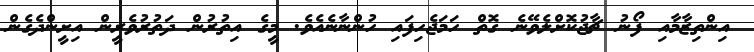
އިންތިޒާމާއި ފޯނު ޗާޖުކޮށްލެވޭނެ ގޮތް ހަމަޖެހިފައި ހުންނާނެއެވެ. މީގެ އިތުރުން ދަތުރުވެރީން އިށީންދެގެން